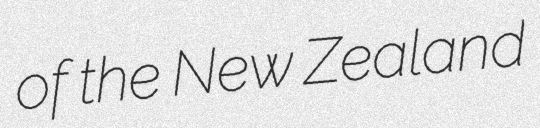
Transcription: of the New Zealand